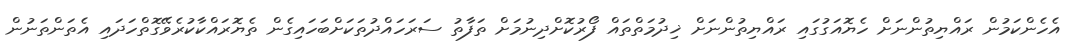
އެހެންކަމުން ރައްޔިތުންނަށް ހެޔޮއަގުގައި ރައްޔިތުންނަށް ޚިދުމަތްތައް ފޯރުކޮށްދިނުމަށް ތަފާތު ސަރަހައްދުތަކަށްބަހައިގެން ތެޔޮރައްކާކުރެވޭގޮތްހަދައި އެތަންތަނުން